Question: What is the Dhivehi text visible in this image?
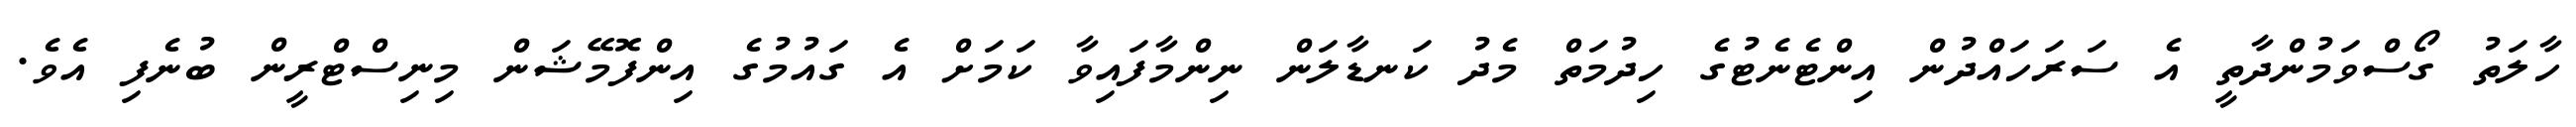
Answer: ހާލަތު ގޯސްވަމުންދާތީ އެ ސަރަހައްދުން އިންޓެނެޓުގެ ހިދުމަތް މެދު ކަނޑާލަން ނިންމާފައިވާ ކަމަށް އެ ގައުމުގެ އިންފޮމޭޝަން މިނިސްޓްރީން ބުނެފި އެވެ.